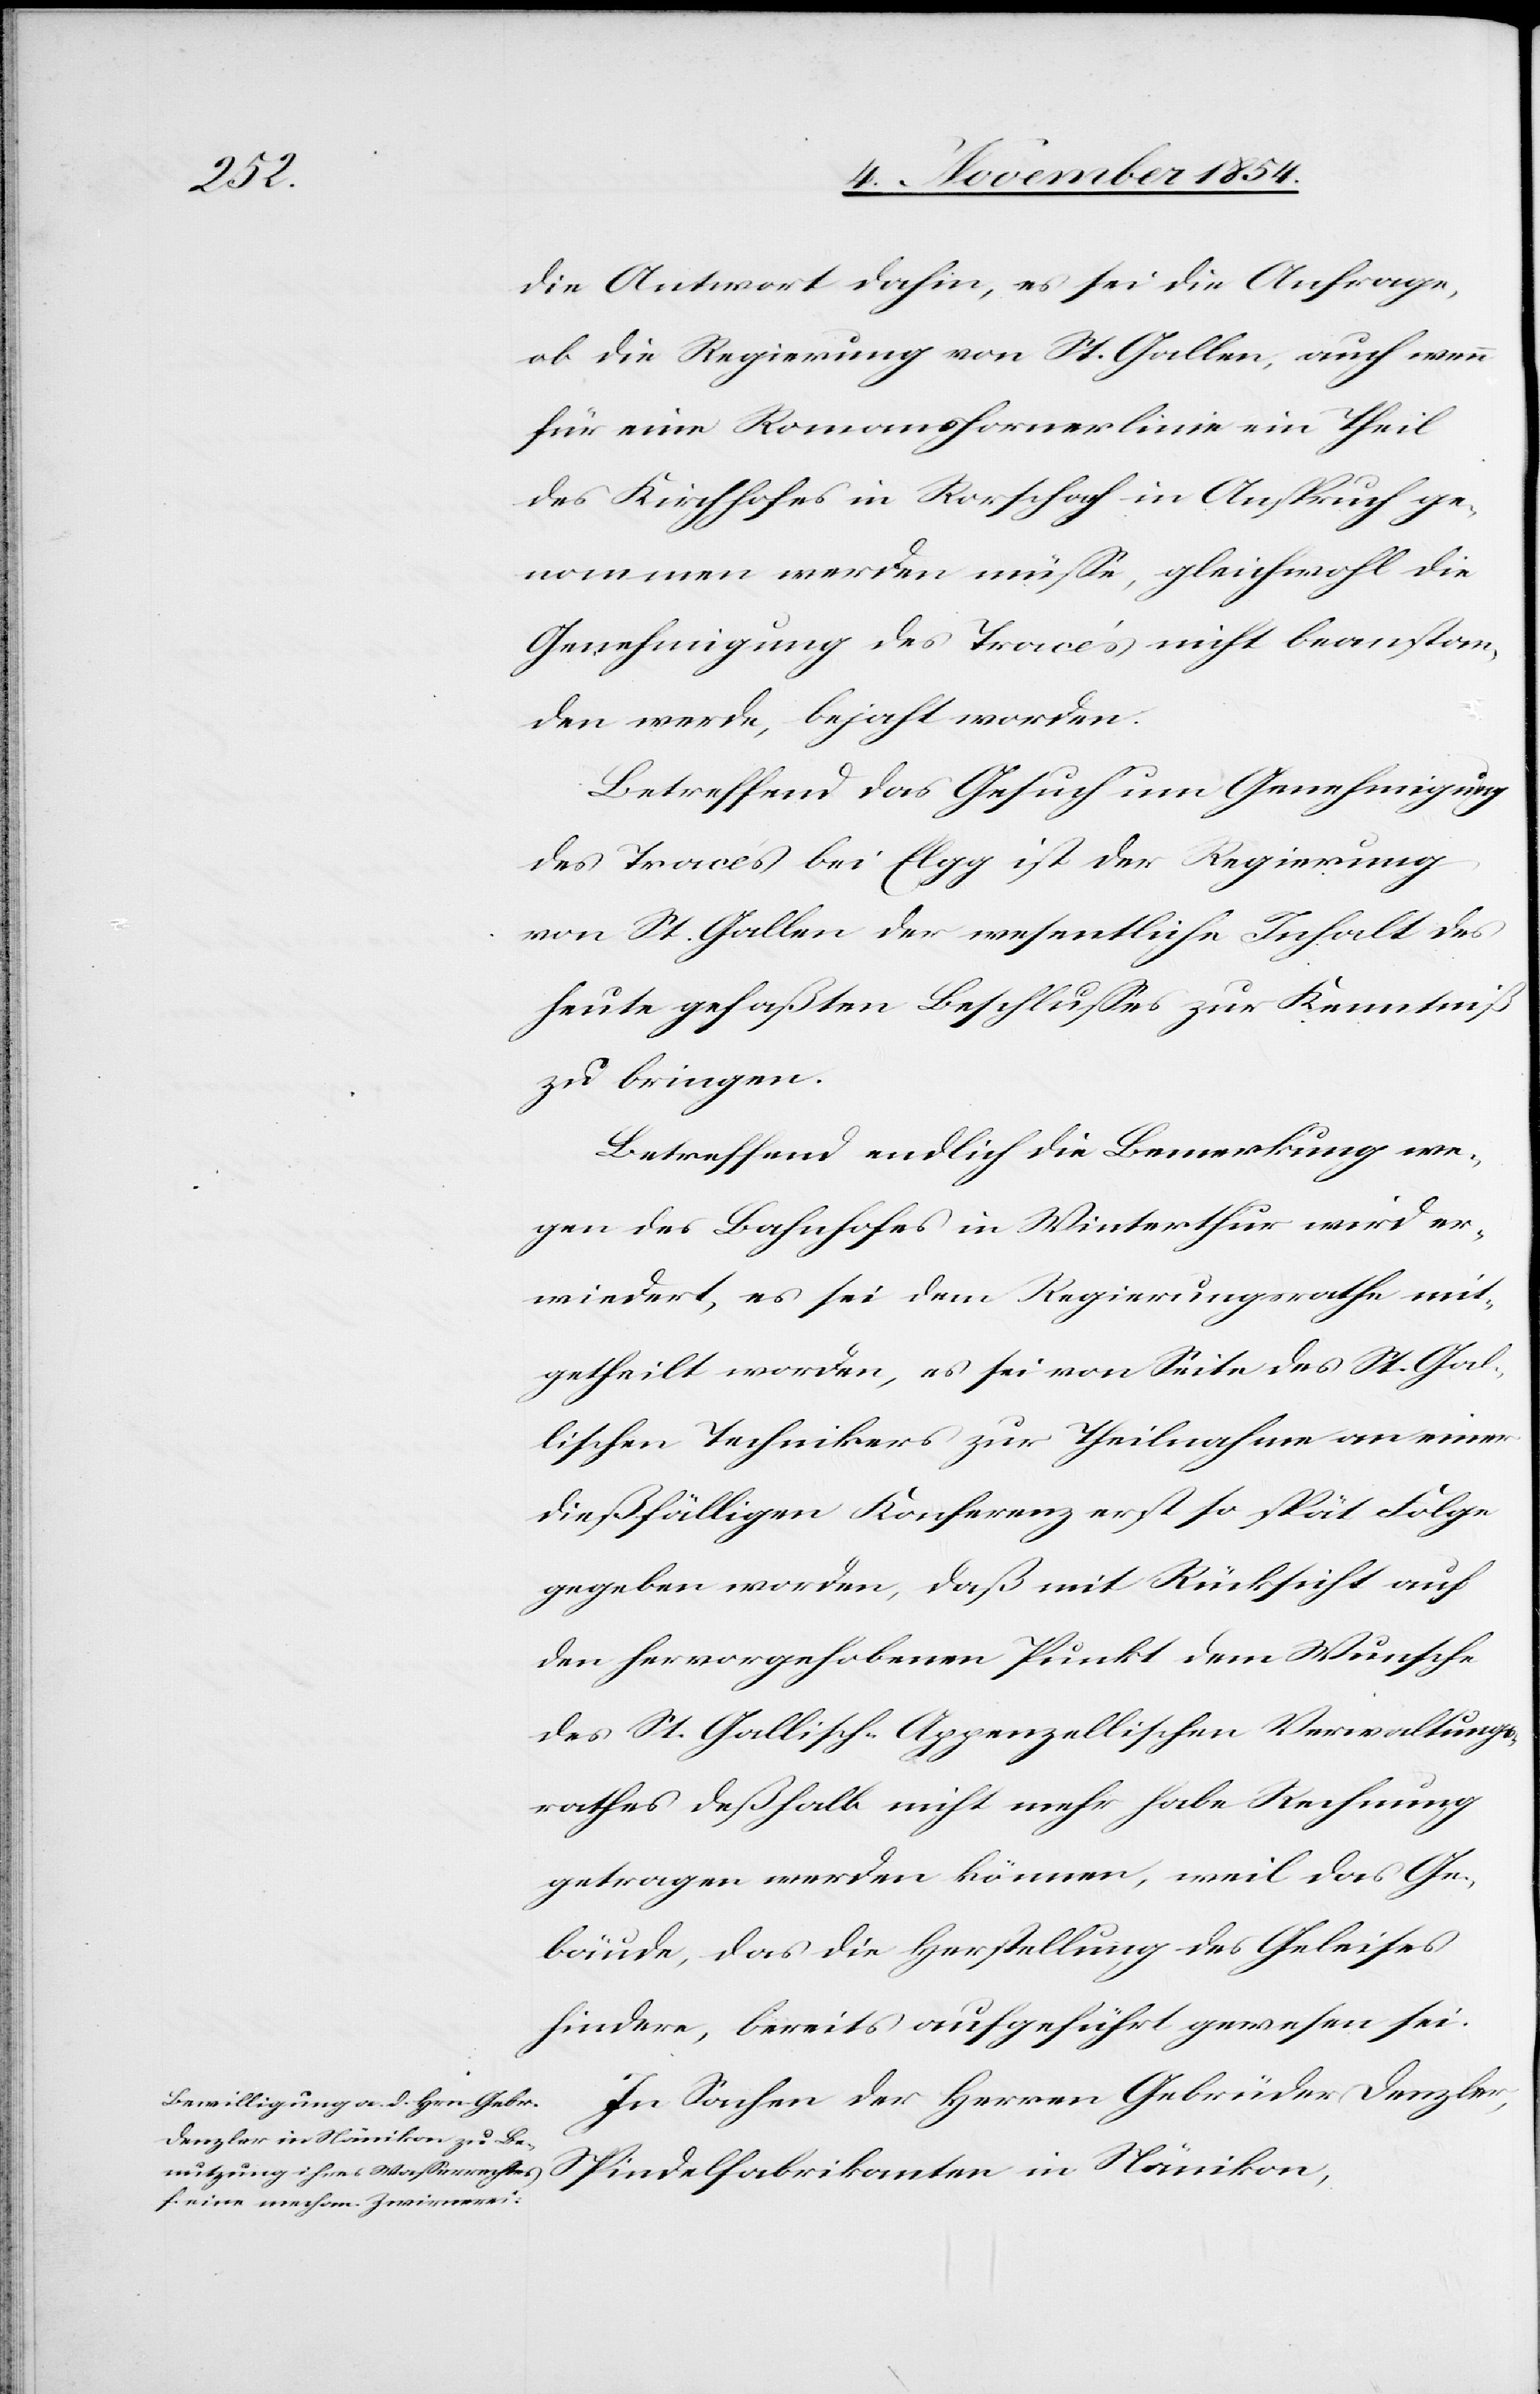
die Antwort dahin, es sei die Anfrage,
ob die Regierung von St. Gallen, auch wenn
für eine Romanshornerlinie ein Theil
des Kirchhofes in Rorschach in Anspruch ge¬
nommen werden müße, gleichwohl die
Genehmigung des Tracés nicht beanstan¬
den werde, bejaht worden.
Betreffend das Gesuch um Genehmigung
des Tracés bei Elgg ist der Regierung
von St. Gallen der wesentliche Inhalt des
heute gefaßten Beschlußes zur Kenntniß
zu bringen.
Betreffend endlich die Bemerkung we¬
gen des Bahnhofes in Winterthur wird er¬
wiedert, es sei dem Regierungsrathe mit¬
getheilt worden, es sei von Seite des St. Gal¬
lischen Technikers zur Theilnahme an einer
dießfälligen Konferenz erst so spät Folge
gegeben worden, daß mit Rücksicht auf
den hervorgehobenen Punkt dem Wunsche
des St. Gallisch-Appenzellischen Verwaltungs¬
rathes deßhalb nicht mehr habe Rechnung
getragen werden können, weil das Ge¬
bäude, das die Herstellung des Geleises
hindere, bereits aufgeführt gewesen sei.
In Sachen der Herren Gebrüder Denzler,